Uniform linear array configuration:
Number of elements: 24
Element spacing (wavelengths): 1
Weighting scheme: hamming
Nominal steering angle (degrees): -15
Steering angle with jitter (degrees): -15.331
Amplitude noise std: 0.05
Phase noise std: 0.05

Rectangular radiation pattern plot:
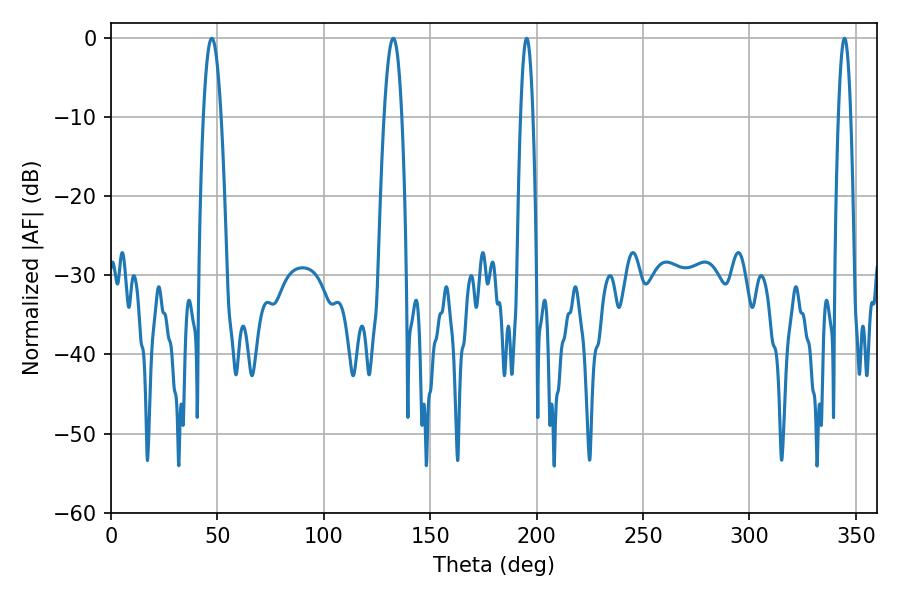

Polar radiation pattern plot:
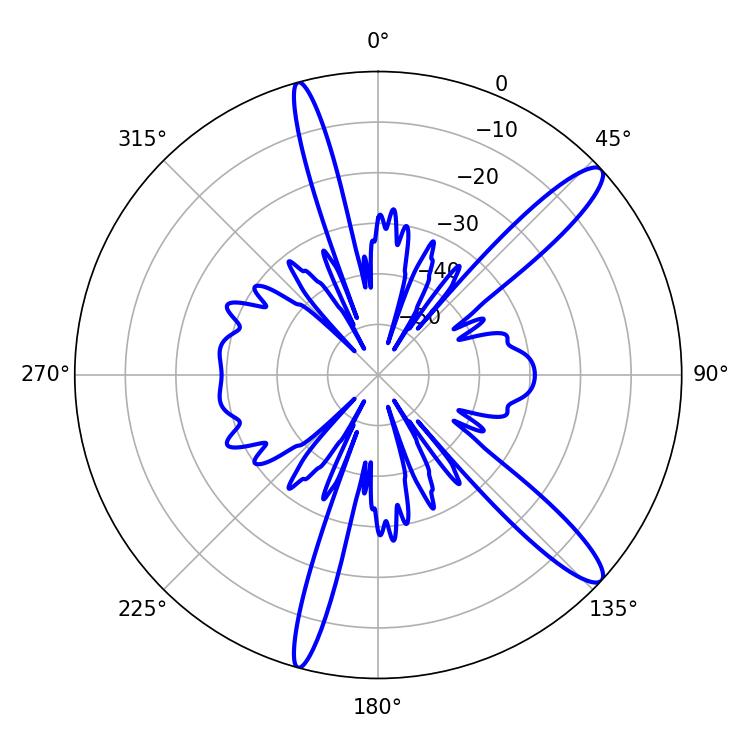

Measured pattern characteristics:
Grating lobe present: TRUE
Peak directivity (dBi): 13.239
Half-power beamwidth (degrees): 4.5
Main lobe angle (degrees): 47.34